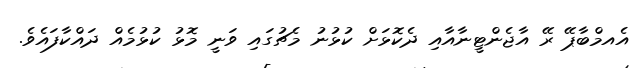
އެއމްބާޕޭ ރޭ އާޖެންޓީނާއާއި ދެކޮޅަށް ކުޅުނު މެޗުގައި ވަނީ މޮޅު ކުޅުމެއް ދައްކާފައެވެ.